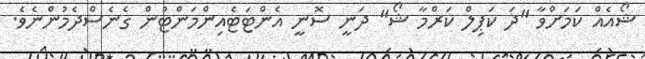
ޝޯއެއް ކަމަަށްވާ "ދަ ކަޕިލް ކަރްމާ ޝޯ" ދަނީ ސޮނީ އެންޓަޓެއިންމަންޓުން ގެނެސްދެމުންނެވެ.